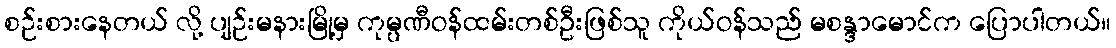
စဉ်းစားနေတယ် လို့ ပျဉ်းမနားမြို့မှ ကုမ္ပဏီဝန်ထမ်းတစ်ဦးဖြစ်သူ ကိုယ်ဝန်သည် မစန္ဒာမောင်က ပြောပါတယ်။